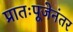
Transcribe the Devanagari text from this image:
प्रातःपूजेनंतर